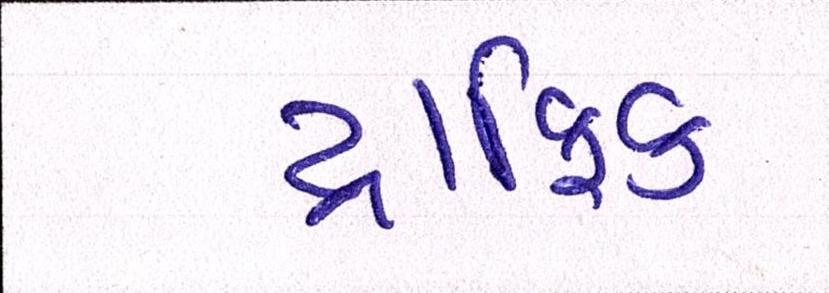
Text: ટ્રાફિક